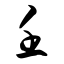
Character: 壬